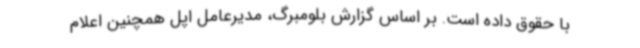
با حقوق داده است. بر اساس گزارش بلومبرگ، مدیرعامل اپل همچنین اعلام